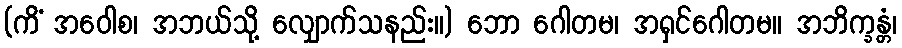
(ကိံ အဝေါစ၊ အဘယ်သို့ လျှောက်သနည်း။) ဘော ဂေါတမ၊ အရှင်ဂေါတမ။ အဘိက္ခန္တံ၊